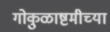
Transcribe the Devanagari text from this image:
गोकुळाष्टमीच्या